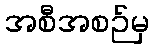
အစီအစဉ်မှ